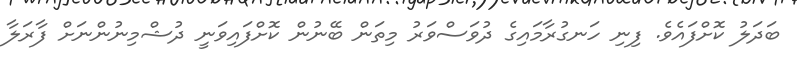
ބަދަލު ކޮށްފައެވެ. ފިނި ހަނގުރާމައިގެ ދުވަސްވަރު މިތަން ބޭނުން ކޮށްފައިވަނީ ދުޝްމިނުންނަށް ފާރަލާ